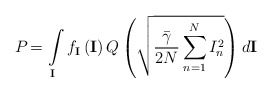
\begin{align*}{{P}_{}}=\int\limits_{\mathbf{I}}{{{f}_{\mathbf{I}}}}\left( \mathbf{I} \right)Q\left( \sqrt{\frac{{\bar{\gamma }}}{2N}\sum\limits_{n=1}^{N}{I_{n}^{2}}} \right)d\mathbf{I}\end{align*}